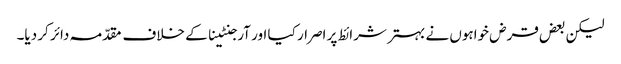
لیکن بعض قرض خواہوں نے بہتر شرائط پر اصرار کیا اور آرجنٹینا کے خلاف مقدّمہ دائر کر دیا۔